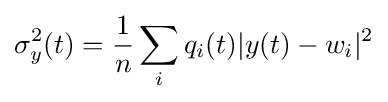
\sigma _{y}^{2}(t)={\frac {1}{n}}\sum _{i}q_{i}(t)|y(t)-w_{i}|^{2}